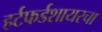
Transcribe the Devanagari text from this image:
हर्टफर्डशायरचा